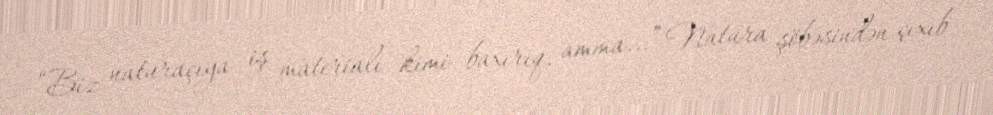
“Biz naturaçıya iş materialı kimi baxırıq, amma...” Natura şöbəsindən çıxıb